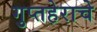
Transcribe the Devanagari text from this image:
गुप्तहेराचे